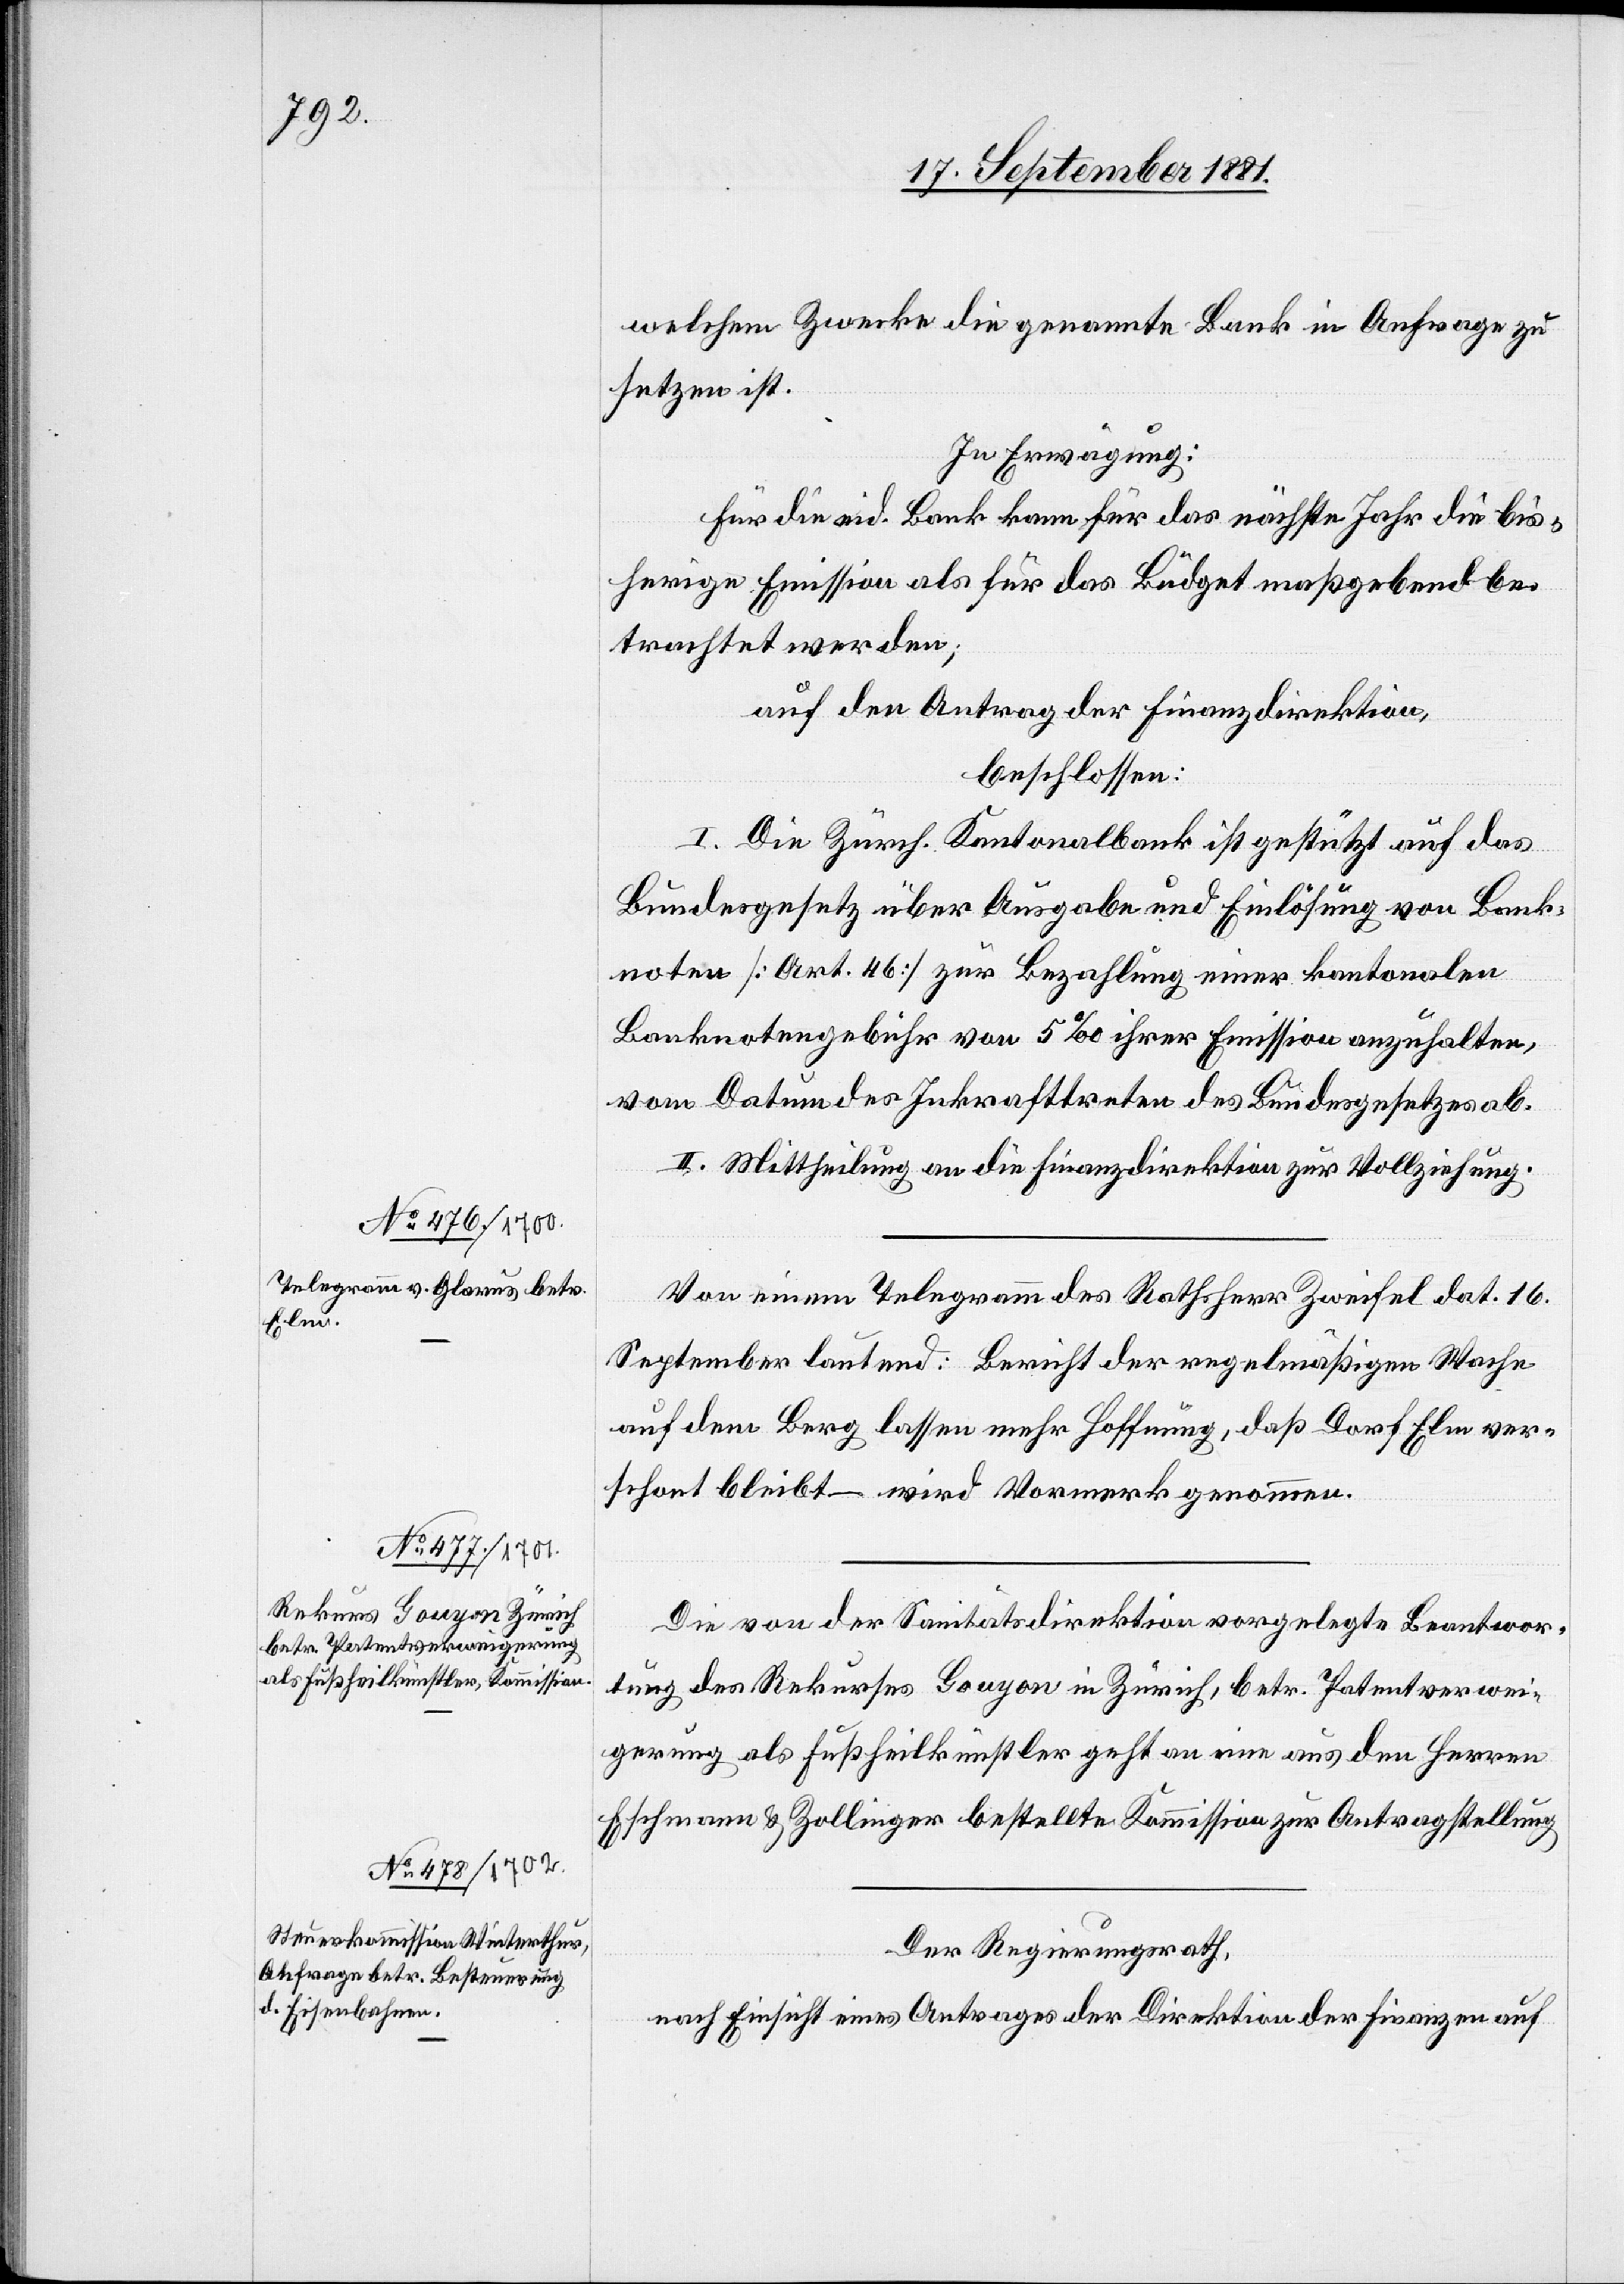
welchem Zwecke die genannte Bank in Anfrage zu
setzen ist.
In Erwägung:
Für die eid. Bank kann für das nächste Jahr die bis¬
herige Emission als für das Büdget maßgebend be¬
trachtet werden;
auf Antrag der Finanzdirektion,
beschlossen:
I. Die Zürch. Kantonalbank ist gestützt auf das
Bundesgesetz über Ausgabe und Einlösung von Bank¬
noten [Art. 46] zur Bezahlung einer kantonalen
Banknotengebühr von 5‰ ihrer Emission anzuhalten,
vom Datum des Inkrafttreten des Bundesgesetzes ab.
II. Mittheilung an die Finanzdirektion zur Vollziehung.
Von einem Telegramm des Rathsherr Zweifel dat. 16.
September lautend: Bericht der regelmäßigen Wache
auf dem Berg lassen mehr Hoffnung, daß Dorf Elm ver¬
schont bleibt – wird Vormerk genommen.
Die von der Sanitätsdirektion vorgelegte Beantwor¬
tung des Rekurses Gouyon in Zürich, betr. Patentverwei¬
gerung als Fußheilkünstler geht an eine aus den Herren
Eschmann & Zollinger bestellte Kommission zur Antragstellung.
Der Regierungsrath,
nach Einsicht eines Antrages der Direktion der Finanzen auf